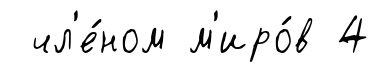
чл'е́ном м'иро́в 4